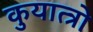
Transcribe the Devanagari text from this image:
कुयात्त्रो